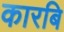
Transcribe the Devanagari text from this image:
कारबि